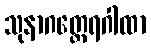
သုနာဂတ္ထေရဂါထာ